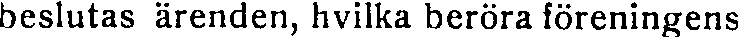
beslutas ärenden, hvilka beröra föreningens